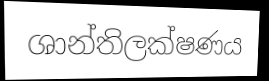
ශාන්තිලක්ෂණය